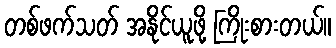
တစ်ဖက်သတ် အနိုင်ယူဖို့ ကြိုးစားတယ်။